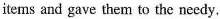
items and gave them to the needy.